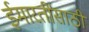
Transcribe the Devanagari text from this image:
ईमारतींसाठी